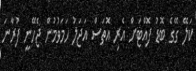
ކަލޭ ގޭގެ ބޮޑު ފޮއްޓަށް އެރި އޮތަސް އަޖަލު ހަމަވުމުން ޖެހޭނީ ފުރާނަ